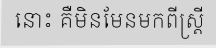
នោះ គឺមិនមែនមកពីស្ត្រី